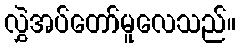
လွှဲအပ်တော်မူလေသည်။